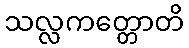
သလ္လကတ္တောတိ